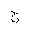
Letter: _gim